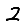
Digit: 2